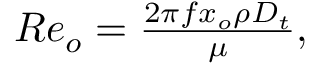
\begin{array} { r } { R e _ { o } = \frac { 2 \pi f x _ { o } \rho D _ { t } } { \mu } , } \end{array}